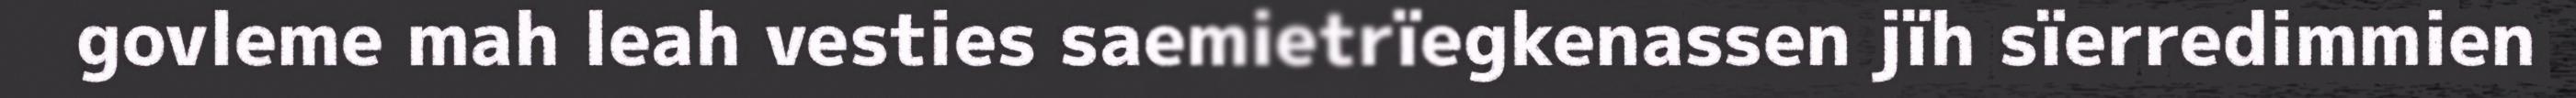
govleme mah leah vesties saemietrïegkenassen jïh sïerredimmien